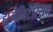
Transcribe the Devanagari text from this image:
ह्युमैनिटेरियन